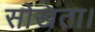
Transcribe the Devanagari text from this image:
सोखता।